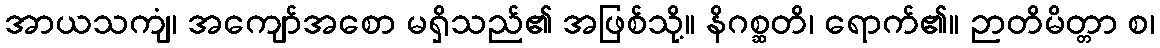
အာယသကျံ၊ အကျော်အစော မရှိသည်၏ အဖြစ်သို့။ နိဂစ္ဆတိ၊ ရောက်၏။ ဉာတိမိတ္တာ စ၊